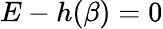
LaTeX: E-h(\beta)=0